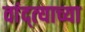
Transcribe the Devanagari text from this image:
वांद्त्‍याच्या